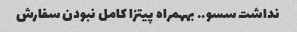
نداشت سسو.. بههمراه پیتزا کامل نبودن سفارش